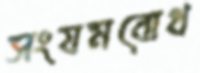
সংযমবোধ